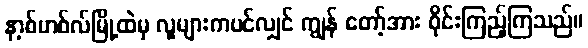
နာ့စ်ဟစ်လ်မြို့ထဲမှ လူများကပင်လျှင် ကျွန် တော့်အား ဝိုင်းကြည့်ကြသည်။